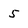
Character: 5